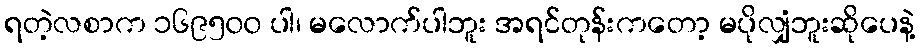
ရတဲ့လစာက ၁၆၉၅၀၀ ပါ၊ မလောက်ပါဘူး အရင်တုန်းကတော့ မပိုလျှံဘူးဆိုပေနဲ့